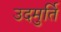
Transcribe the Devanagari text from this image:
उदमुर्ति